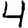
Digit: 4